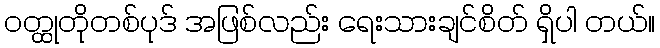
ဝတ္ထုတိုတစ်ပုဒ် အဖြစ်လည်း ရေးသားချင်စိတ် ရှိပါ တယ်။